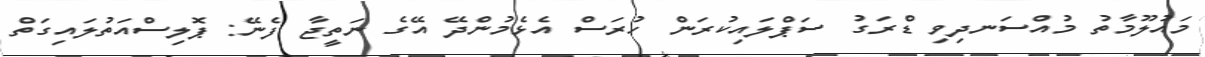
މައުލޫމާތު މުއްސަނދިވި ޑްރަގު ސަޕްލައިކުރަން ހުރަސް އެޅެމުންދޭ އޭގެ ނަތީޖާ ފެނޭ: ޕޮލިސްއަތުލައިގަތް